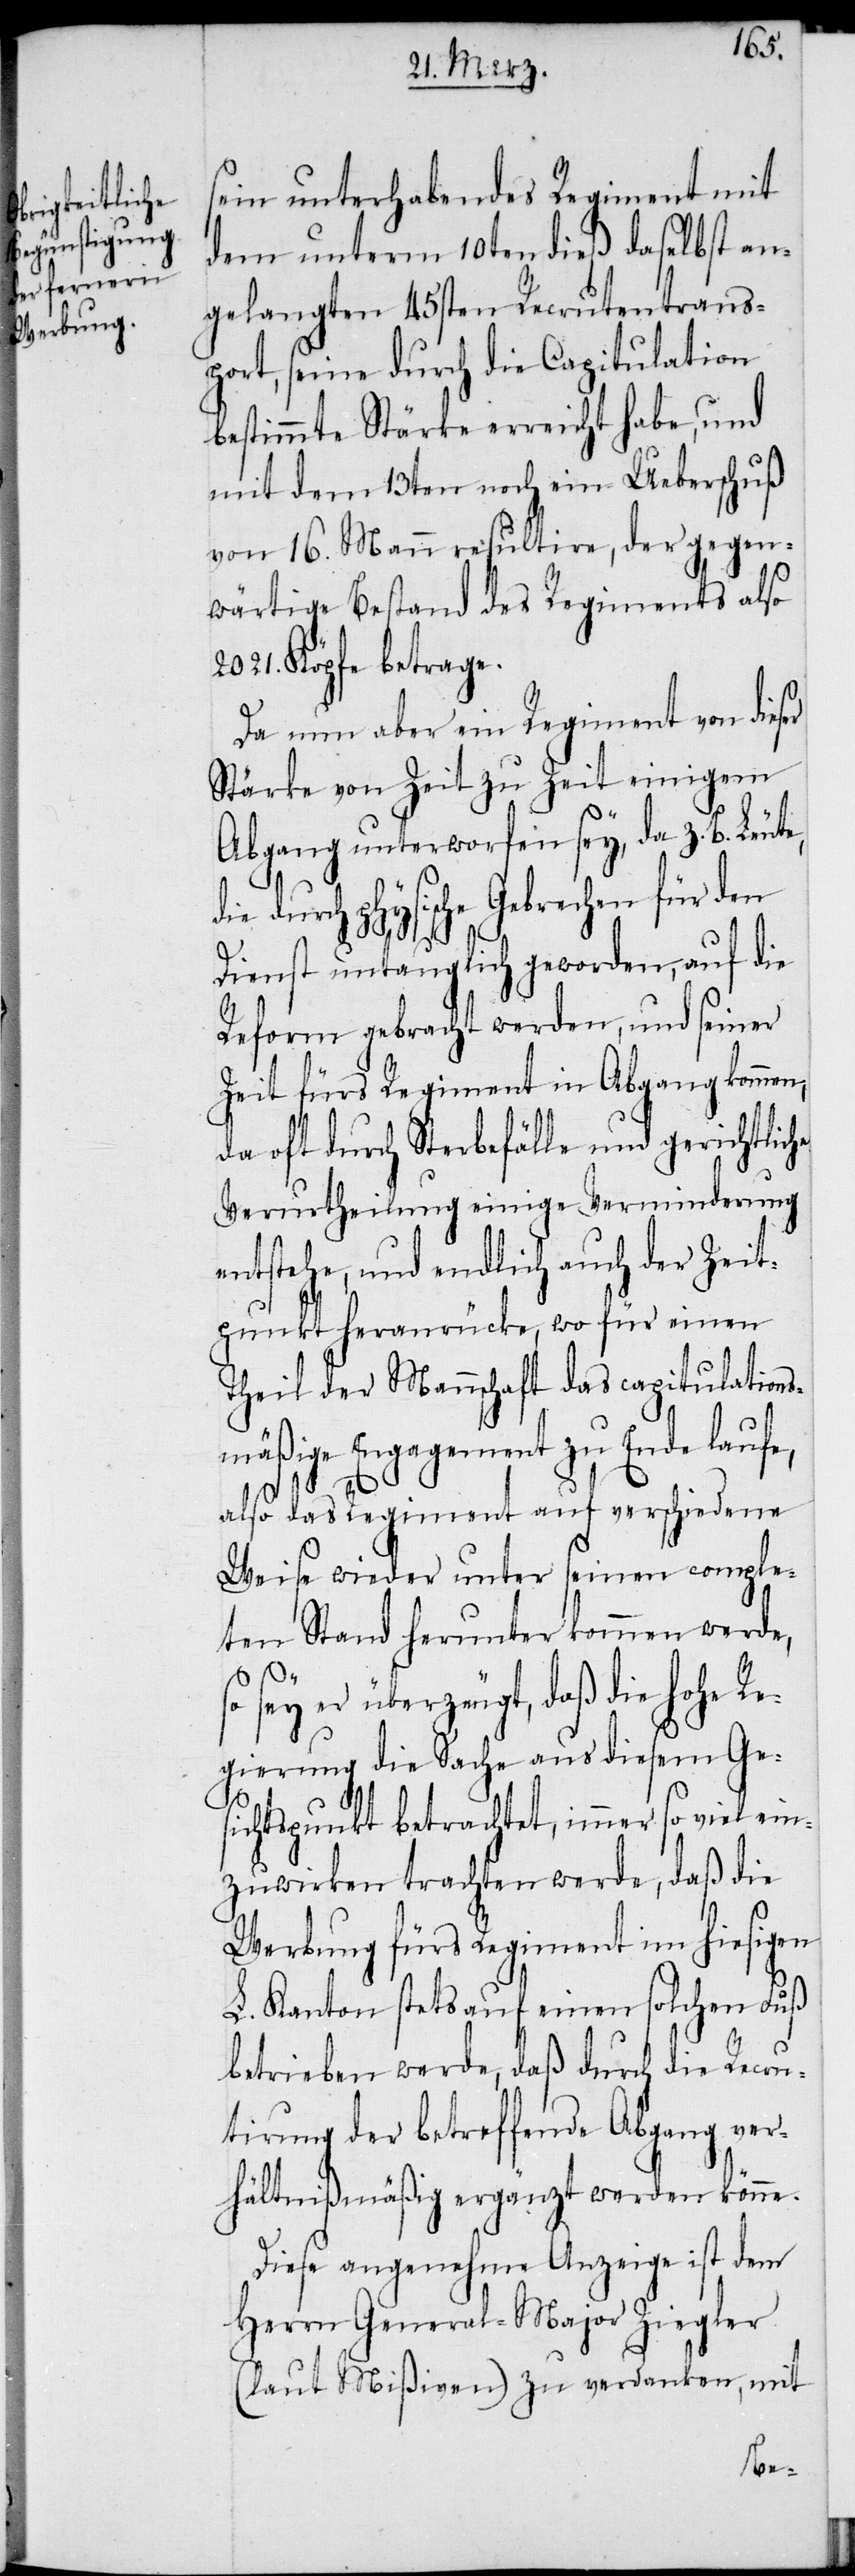
e.[“]
sein unterhabendes Regiment mit
dem unterm 10ten dieß daselbst an¬
gelangten 45sten Recrutentrans¬
port, seine durch die Capitulation
bestimmte Stärke erreicht habe, und
mit dem 13ten noch ein Ueberschuß
von 16. Mann resultire, der gegen¬
wärtige Bestand des Regiments also
2021. Köpfe betrage.
Da nun aber ein Regiment von dieser
Stärke von Zeit zu Zeit einigem
Abgang unterworfen sey, da z. B. Leute,
durch physische Gebrechen für den
Dienst untauglich geworden, auf die
Reform gebracht werden, und seiner
Zeit fürs Regiment in Abgang kommen,
da oft durch Sterbefälle und gerichtliche
Verurtheilung einige Verminderung
entstehe, und endlich auch der Zeit¬
punkt heranrücke, wo für einen
Theil der Mannschaft das capitulation¬
smäßige Engagement zu Ende laufe,
also das Regiment auf verschiedene
Weise wieder unter seinen comple¬
ten Stand herunter kommen werde,
sey er überzeugt, daß die hohe Re¬
gierung die Sache aus diesem Ges¬
ichtspunkt betrachtet, immer so viel ein¬
zuwirken trachten werde, daß die
Werbung fürs Regiment im hiesigen
L. Kanton stets auf einen solchen Fuß
betrieben werde, daß durch die Recru¬
tirung der betreffende Abgang ver¬
hältnißmäßig ergänzt werden könn¬
Diese angenehme Anzeige ist dem
Herrn General-Major Ziegler
(laut Mißiven) zu verdanken, mit